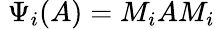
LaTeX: \; \Psi_{i}(A)=M_{i}AM_{i}